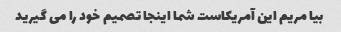
بیا مریم این آمریکاست شما اینجا تصمیم خود را می گیرید